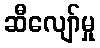
ဆီလျော်မှု